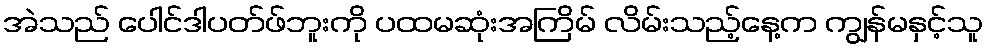
အဲသည် ပေါင်ဒါပတ်ဖ်ဘူးကို ပထမဆုံးအကြိမ် လိမ်းသည့်နေ့က ကျွန်မနှင့်သူ